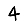
Digit: 4